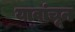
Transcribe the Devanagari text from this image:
यावांचून